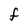
Character: f